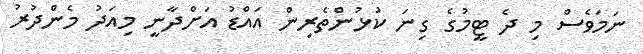
ނަމަވެސް މި ދެ ޓީމުގެ ގިނަ ކުޅުންތެރިން އައްޑު އަށްދާނީ މިއަދު މެންދުރު